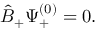
{ \hat { B } } _ { + } \Psi _ { + } ^ { ( 0 ) } = 0 .